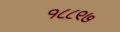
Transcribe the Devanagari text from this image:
१८८९७